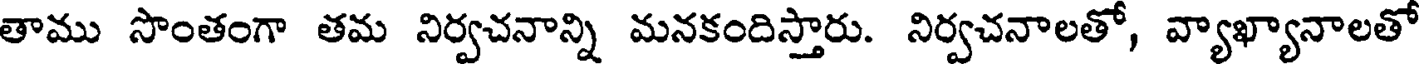
తాము సొంతంగా తమ నిర్వచనాన్ని మనకందిస్తారు. నిర్వచనాలతో, వ్యాఖ్యానాలతో